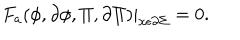
LaTeX: F _ { a } ( \phi , \partial \phi , \Pi , \partial \Pi ) | _ { x \epsilon \partial \Sigma } = 0 .